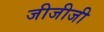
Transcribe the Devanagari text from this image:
जीजीजी